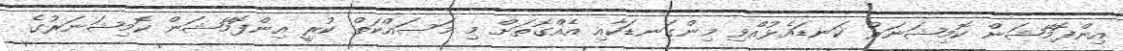
އިންފޮމޭޝަން ކޮމިޝަނަރު ކަނޑައެޅުއްވި މިންގަނޑަކާއި އެއްގޮތަށް މި މަސައްކަތް ކުރީ އިންފޮމޭޝަން ކޮމިޝަނަރުގެ